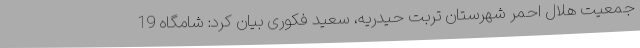
جمعیت هلال احمر شهرستان تربت حیدریه، سعید فکوری بیان کرد: شامگاه 19